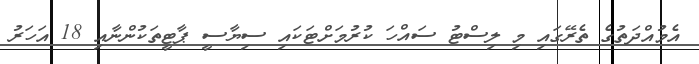
އެމުއްދަތުގެ ތެރޭގައި މި ލިސްޓު ސައްހަ ކުރުމަށްޓަކައި ސިޔާސީ ޕާޓީތަކުންނާއި 18 އަހަރު